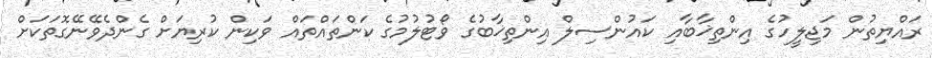
ރައްޔިތުން މަޖިލީހުގެ އިންތިޚާބާއި ކައުންސިލް އިންތިޚާބުގެ ވޯޓުލުމުގެ ކަންތައްތައް ވަކިން ކުރިޔަށް ގެންދެވޭނޭގޮތަކަށް